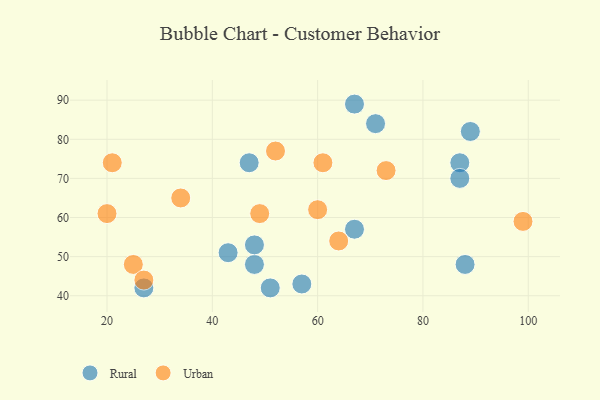
{"axis": {"x": "GDP", "y": "Life Expectancy"}, "legend": ["Rural", "Urban"], "data": [{"x": "48", "y": 48, "type": "Rural"}, {"x": "51", "y": 42, "type": "Rural"}, {"x": "43", "y": 51, "type": "Rural"}, {"x": "57", "y": 43, "type": "Rural"}, {"x": "87", "y": 74, "type": "Rural"}, {"x": "67", "y": 89, "type": "Rural"}, {"x": "67", "y": 57, "type": "Rural"}, {"x": "48", "y": 53, "type": "Rural"}, {"x": "87", "y": 70, "type": "Rural"}, {"x": "88", "y": 48, "type": "Rural"}, {"x": "89", "y": 82, "type": "Rural"}, {"x": "27", "y": 42, "type": "Rural"}, {"x": "71", "y": 84, "type": "Rural"}, {"x": "47", "y": 74, "type": "Rural"}, {"x": "52", "y": 77, "type": "Urban"}, {"x": "25", "y": 48, "type": "Urban"}, {"x": "60", "y": 62, "type": "Urban"}, {"x": "73", "y": 72, "type": "Urban"}, {"x": "34", "y": 65, "type": "Urban"}, {"x": "64", "y": 54, "type": "Urban"}, {"x": "61", "y": 74, "type": "Urban"}, {"x": "21", "y": 74, "type": "Urban"}, {"x": "49", "y": 61, "type": "Urban"}, {"x": "20", "y": 61, "type": "Urban"}, {"x": "27", "y": 44, "type": "Urban"}, {"x": "99", "y": 59, "type": "Urban"}]}